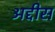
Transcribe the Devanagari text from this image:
अद्दीस